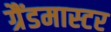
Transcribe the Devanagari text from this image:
ग्रैंडमास्‍टर